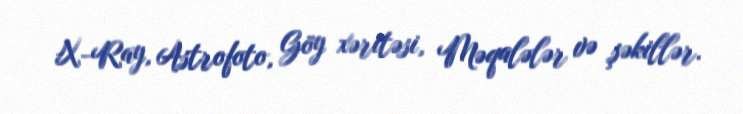
X-Ray, Astrofoto, Göy xəritəsi, Məqalələr və şəkillər.